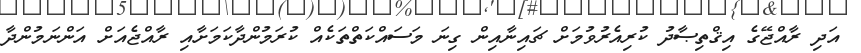
އަދި ރާއްޖޭގެ އިޤްތިޞާދު ކުރިއެރުވުމަށް ޗައިނާއިން ގިނަ މަސައްކަތްތަކެއް ކުރަމުންދާކަމަށާއި ރާއްޖެއަށް އަންނަމުންދާ